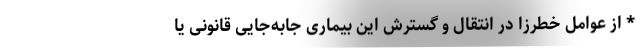
* از عوامل خطرزا در انتقال و گسترش این بیماری جابه‌جایی قانونی یا